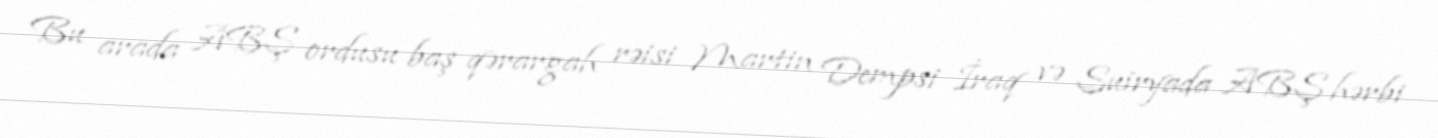
Bu arada ABŞ ordusu baş qərargah rəisi Martin Dempsi İraq və Suiryada ABŞ hərbi